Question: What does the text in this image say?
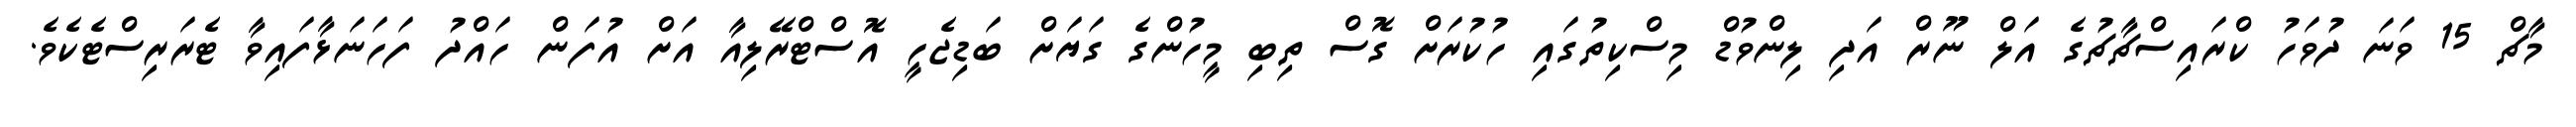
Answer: މާޗް 15 ވަނަ ދުވަހު ކްރައިސްޗާޗުގެ އަލް ނޫރް އަދި ލިންވުޑް މިސްކިތުގައި ހުކުރަށް ގޮސް ތިބި މީހުންގެ ގަޔަށް ބަޑިޖެހީ އޮސްޓްރޭލިއާ އަށް އުފަން ހައްދު ފަހަނަޅާފައިވާ ޓެރަރިސްޓެކެވެ.